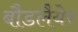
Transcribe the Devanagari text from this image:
बौडलैयेर